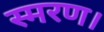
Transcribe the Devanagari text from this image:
स्मरण।